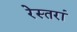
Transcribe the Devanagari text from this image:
रेस्‍तरां